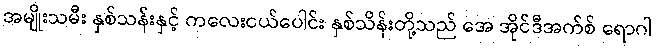
အမျိုးသမီး နှစ်သန်းနှင့် ကလေးငယ်ပေါင်း နှစ်သိန်းတို့သည် အေ အိုင်ဒီအက်စ် ရောဂါ